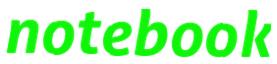
notebook